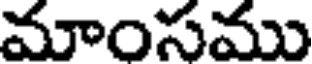
మాంసము